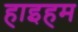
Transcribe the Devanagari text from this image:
हाइहम